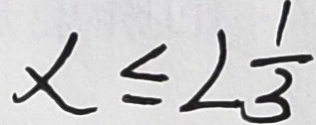
x \leq 2 \frac { 1 } { 3 }